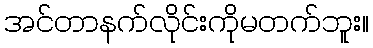
အင်တာနက်လိုင်းကိုမတက်ဘူး။